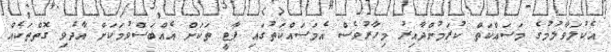
އެކުލަވާލުމުގެ މަސައްކަތް ކުރަމުންދާއިރު މިހާރުވެސް އެމަސައްކަތުގައި ޕާޓީ ތަކަށް އެއްބަސްވުމަކަށް އާދެވި ގޮތްތަކެއް